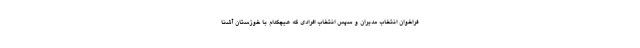
فراخوان انتخاب مدیران و سپس انتخاب افرادی که هیچکدام با خوزستان آشنا